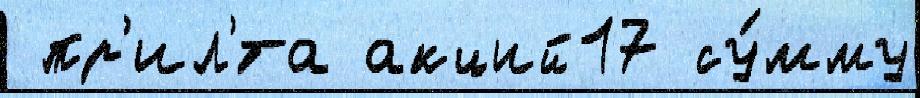
 пр'ил'́та акций17 су́мму